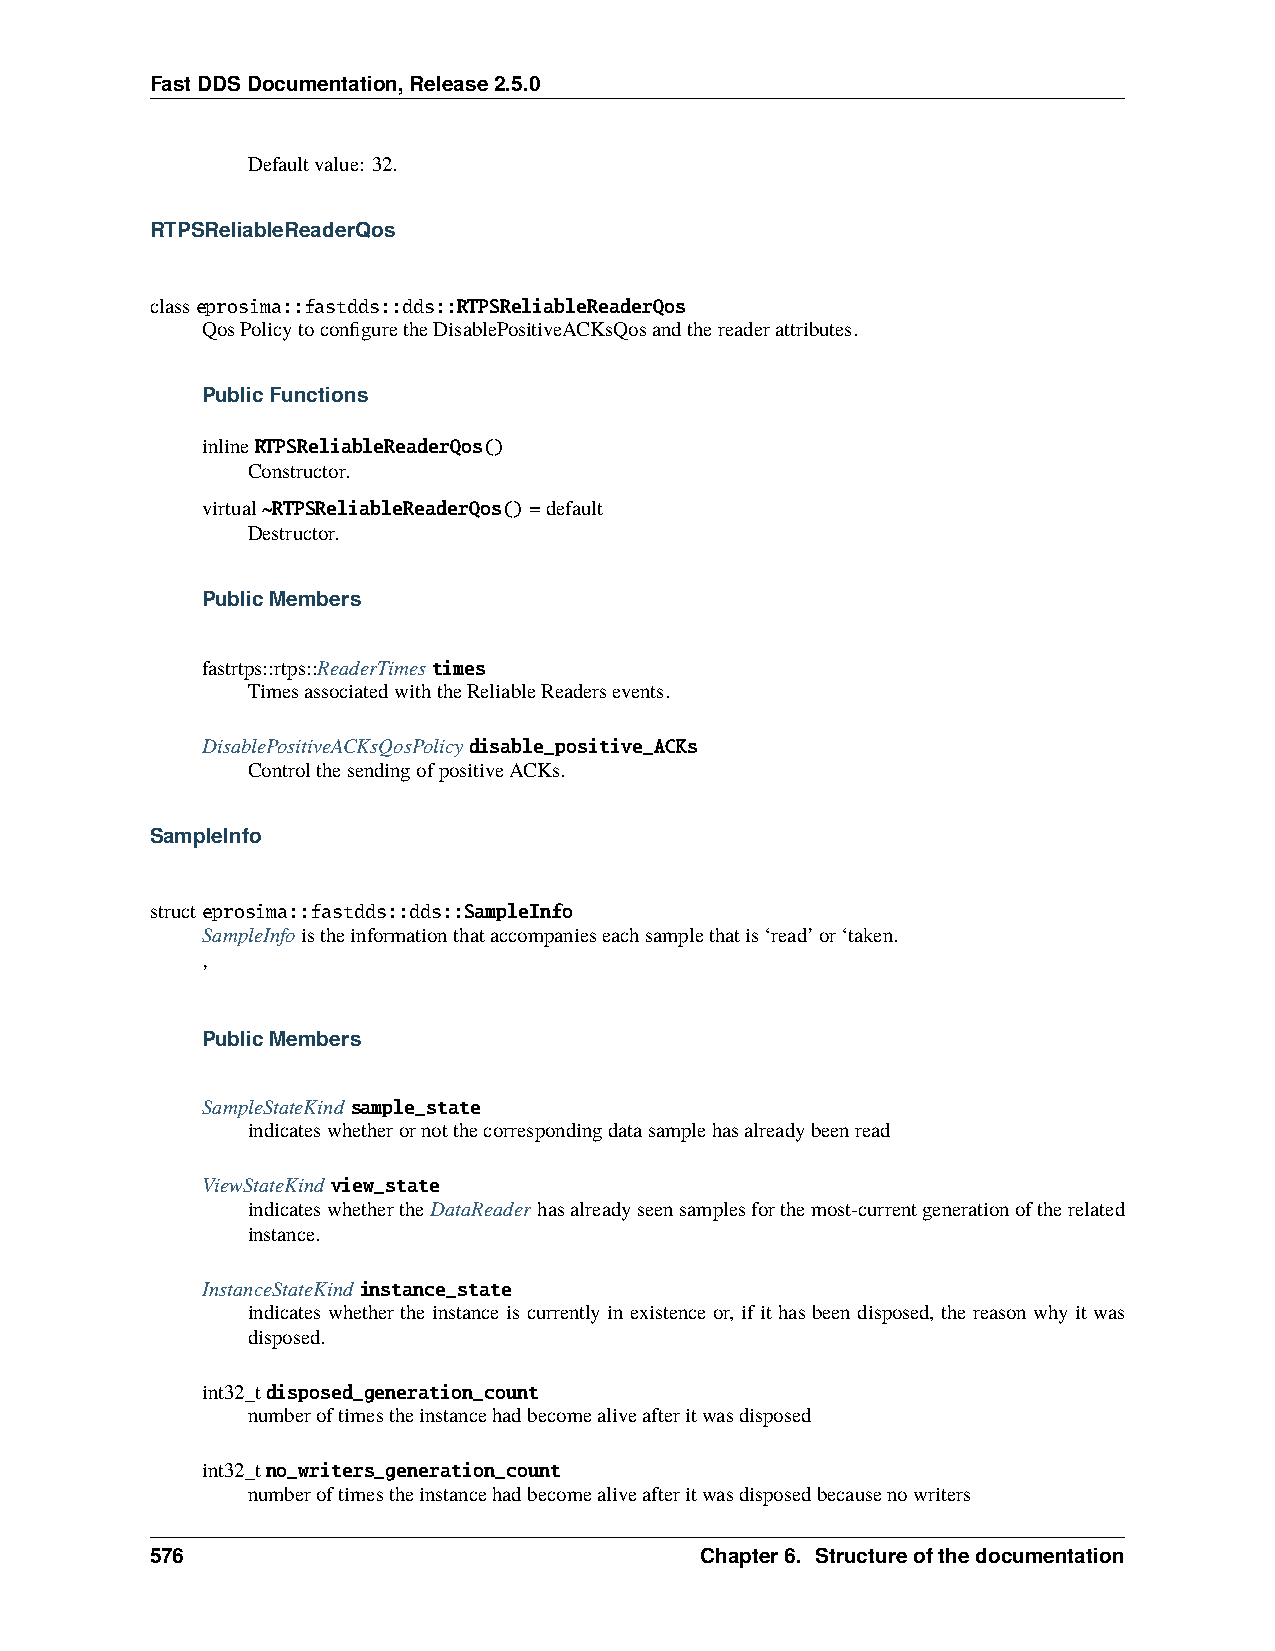
FastDDSDocumentation,Release2.5.0
 Defaultvalue: 32.
 RTPSReliableReaderQos
 classeprosima::fastdds::dds::RTPSReliableReaderQos
 QosPolicytoconfiguretheDisablePositiveACKsQosandthereaderattributes.
 PublicFunctions
 inlineRTPSReliableReaderQos()
 Constructor.
 virtual~RTPSReliableReaderQos()=default
 Destructor.
 PublicMembers
 fastrtps::rtps::ReaderTimestimes
 TimesassociatedwiththeReliableReadersevents.
 DisablePositiveACKsQosPolicydisable_positive_ACKs
 ControlthesendingofpositiveACKs.
 SampleInfo
 structeprosima::fastdds::dds::SampleInfo
 SampleInfoistheinformationthataccompanieseachsamplethatis‘read’or‘taken.
 ’
 PublicMembers
 SampleStateKind sample_state
 indicateswhetherornotthecorrespondingdatasamplehasalreadybeenread
 ViewStateKind view_state
 indicateswhethertheDataReader hasalreadyseensamplesforthemost-currentgenerationoftherelated
 instance.
 InstanceStateKind instance_state
 indicates whether the instance is currently in existence or, if it has been disposed, the reason why it was
 disposed.
 int32_tdisposed_generation_count
 numberoftimestheinstancehadbecomealiveafteritwasdisposed
 int32_tno_writers_generation_count
 numberoftimestheinstancehadbecomealiveafteritwasdisposedbecausenowriters
 576                                 Chapter6. Structureofthedocumentation